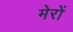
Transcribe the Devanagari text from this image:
मेरों